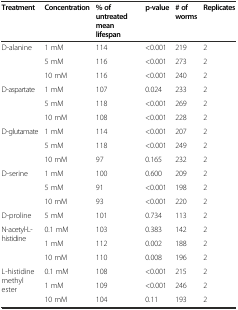
<table><thead><tr><td><b>Treatment</b></td><td><b>Concentration</b></td><td><b>% of untreated mean lifespan</b></td><td><b>p-value</b></td><td><b># of worms</b></td><td><b>Replicates</b></td></tr></thead><tbody><tr><td rowspan="3">D-alanine</td><td>1 mM</td><td>114</td><td>&lt;0.001</td><td>219</td><td>2</td></tr><tr><td>5 mM</td><td>116</td><td>&lt;0.001</td><td>273</td><td>2</td></tr><tr><td>10 mM</td><td>116</td><td>&lt;0.001</td><td>240</td><td>2</td></tr><tr><td rowspan="3">D-aspartate</td><td>1 mM</td><td>107</td><td>0.024</td><td>233</td><td>2</td></tr><tr><td>5 mM</td><td>118</td><td>&lt;0.001</td><td>269</td><td>2</td></tr><tr><td>10 mM</td><td>108</td><td>&lt;0.001</td><td>228</td><td>2</td></tr><tr><td rowspan="3">D-glutamate</td><td>1 mM</td><td>114</td><td>&lt;0.001</td><td>207</td><td>2</td></tr><tr><td>5 mM</td><td>118</td><td>&lt;0.001</td><td>249</td><td>2</td></tr><tr><td>10 mM</td><td>97</td><td>0.165</td><td>232</td><td>2</td></tr><tr><td rowspan="3">D-serine</td><td>1 mM</td><td>100</td><td>0.600</td><td>209</td><td>2</td></tr><tr><td>5 mM</td><td>91</td><td>&lt;0.001</td><td>198</td><td>2</td></tr><tr><td>10 mM</td><td>93</td><td>&lt;0.001</td><td>220</td><td>2</td></tr><tr><td>D-proline</td><td>5 mM</td><td>101</td><td>0.734</td><td>113</td><td>2</td></tr><tr><td rowspan="3">N-acetyl-L-histidine</td><td>0.1 mM</td><td>103</td><td>0.383</td><td>142</td><td>2</td></tr><tr><td>1 mM</td><td>112</td><td>0.002</td><td>188</td><td>2</td></tr><tr><td>10 mM</td><td>110</td><td>0.008</td><td>196</td><td>2</td></tr><tr><td rowspan="3">L-histidine methyl ester</td><td>0.1 mM</td><td>108</td><td>&lt;0.001</td><td>215</td><td>2</td></tr><tr><td>1 mM</td><td>109</td><td>&lt;0.001</td><td>246</td><td>2</td></tr><tr><td>10 mM</td><td>104</td><td>0.11</td><td>193</td><td>2</td></tr></tbody></table>